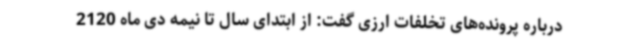
درباره پرونده‌های تخلفات ارزی گفت: از ابتدای سال تا نیمه دی ماه 2120